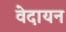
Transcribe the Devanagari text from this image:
वेदायन